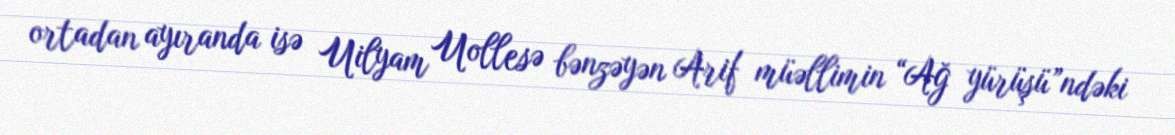
ortadan ayıranda isə Uilyam Uollesə bənzəyən Arif müəllimin “Ağ yürüşü”ndəki